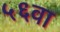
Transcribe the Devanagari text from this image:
५६वा